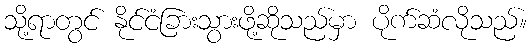
သို့ရာတွင် နိုင်ငံခြားသွားဖို့ဆိုသည်မှာ ပိုက်ဆံလိုသည်။